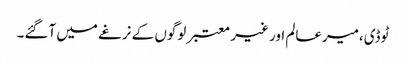
ٹوڈی،میرعالم اور غیر معتبر لوگوں کے نرغے میں آگئے۔